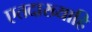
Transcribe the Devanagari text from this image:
एतदाख्याहि